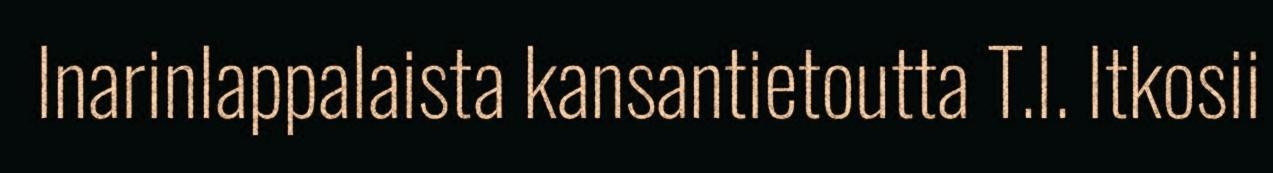
Inarinlappalaista kansantietoutta T.I. Itkosii